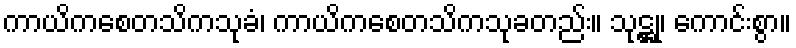
ကာယိကစေတသိကသုခံ၊ ကာယိကစေတသိကသုခတည်း။ သုဋ္ဌု၊ ကောင်းစွာ။